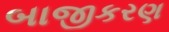
બાજીકરણ